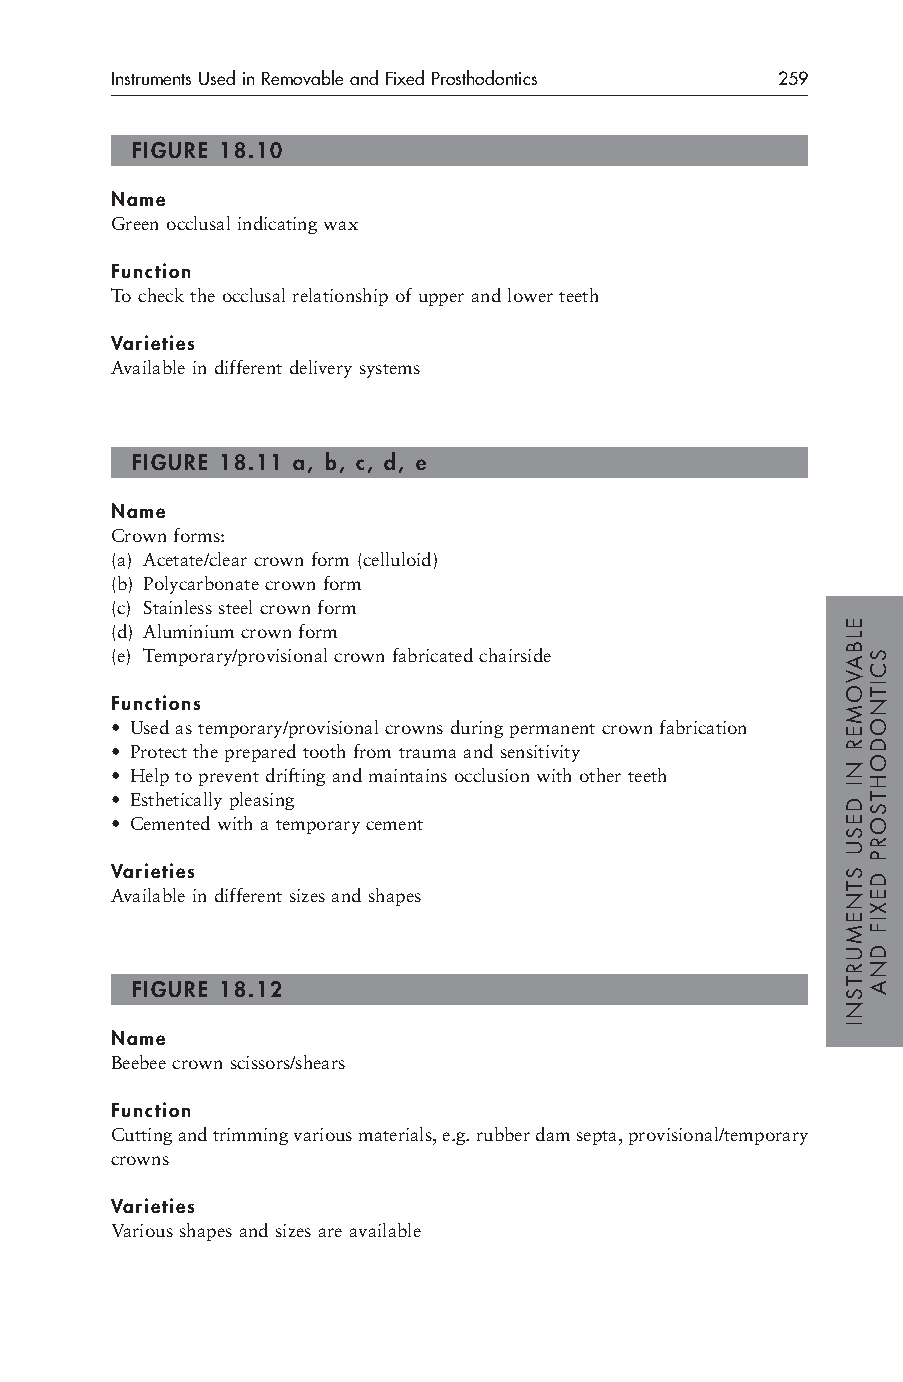
Instruments Used in Removable and Fixed Prosthodontics 259
 FIGURE 18.10
 Name
 Green occlusal indicating wax
 Function
 To check the occlusal relationship of upper and lower teeth
 Varieties
 Available in different delivery systems
 FIGURE 18.11 a, b, c, d, e
 Name
 Crown forms:
 (a) Acetate/clear crown form (celluloid)
 (b) Polycarbonate crown form
 (c) Stainless steel crown form
 (d) Aluminium crown form
 (e) Temporary/provisional crown fabricated chairside
 Functions
 • Used as temporary/provisional crowns during permanent crown fabrication
 • Protect the prepared tooth from trauma and sensitivity
 • Help to prevent drifting and maintains occlusion with other teeth
 • Esthetically pleasing
 • Cemented with a temporary cement
 Varieties
 Available in different sizes and shapes
 FIGURE 18.12
 Name
 Beebee crown scissors/shears
 Function
 Cutting and trimming various materials, e.g. rubber dam septa, provisional/temporary
 crowns
 Varieties
 Various shapes and sizes are available
 ELBAVOMER
 NI
 DESU
 STNEMURTSNI
 SCITNODOHTSORP
 DEXIF
 DNA